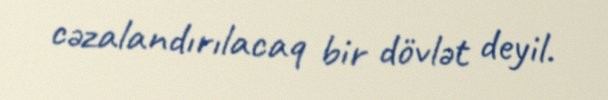
cəzalandırılacaq bir dövlət deyil.